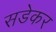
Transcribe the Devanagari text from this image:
सडेकर